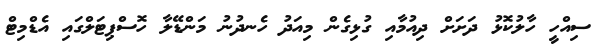
ސިއްހީ ހާލުކޮޅު ދަށަށް ދިއުމާއި ގުޅިގެން މިއަދު ހެނދުނު މަންޑޭލާ ހޮސްޕިޓަލްގައި އެޑްމިޓް